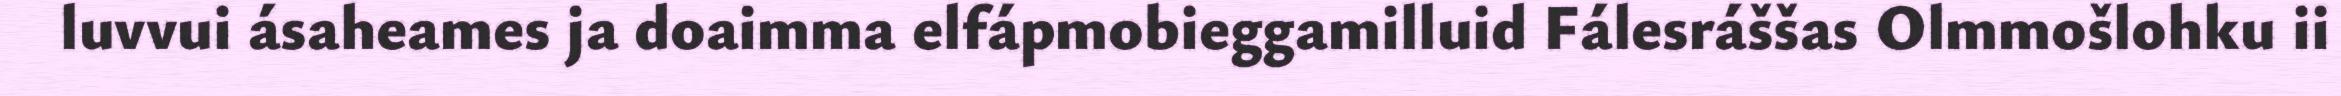
luvvui ásaheames ja doaimma elfápmobieggamilluid Fálesráššas Olmmošlohku ii